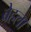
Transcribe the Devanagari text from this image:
बेहला